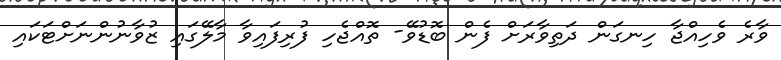
ވާރެ ވެހިއްޖާ ހިނގަން ދަތިވާރަށް ފެން ބޮޑުވޭ- ތޮއްޖެހި ފުރިފައިވާ މާލޭގައި ޒުވާނުންނަށްޓަކައި